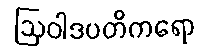
ဩဝါဒပတိကရော